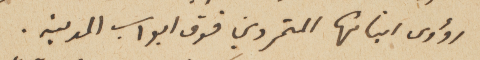
رؤوس ابنائها المتمردين فوق ابواب المدينه.